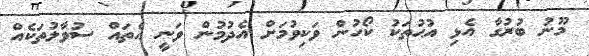
މޫނު ބުރުގާ އެޅި އުޙުތަކު ކޯހުން ވަކިވުމަށް އެދުމުން ވަނީ އެތައް ސުވާލުތަކެއް